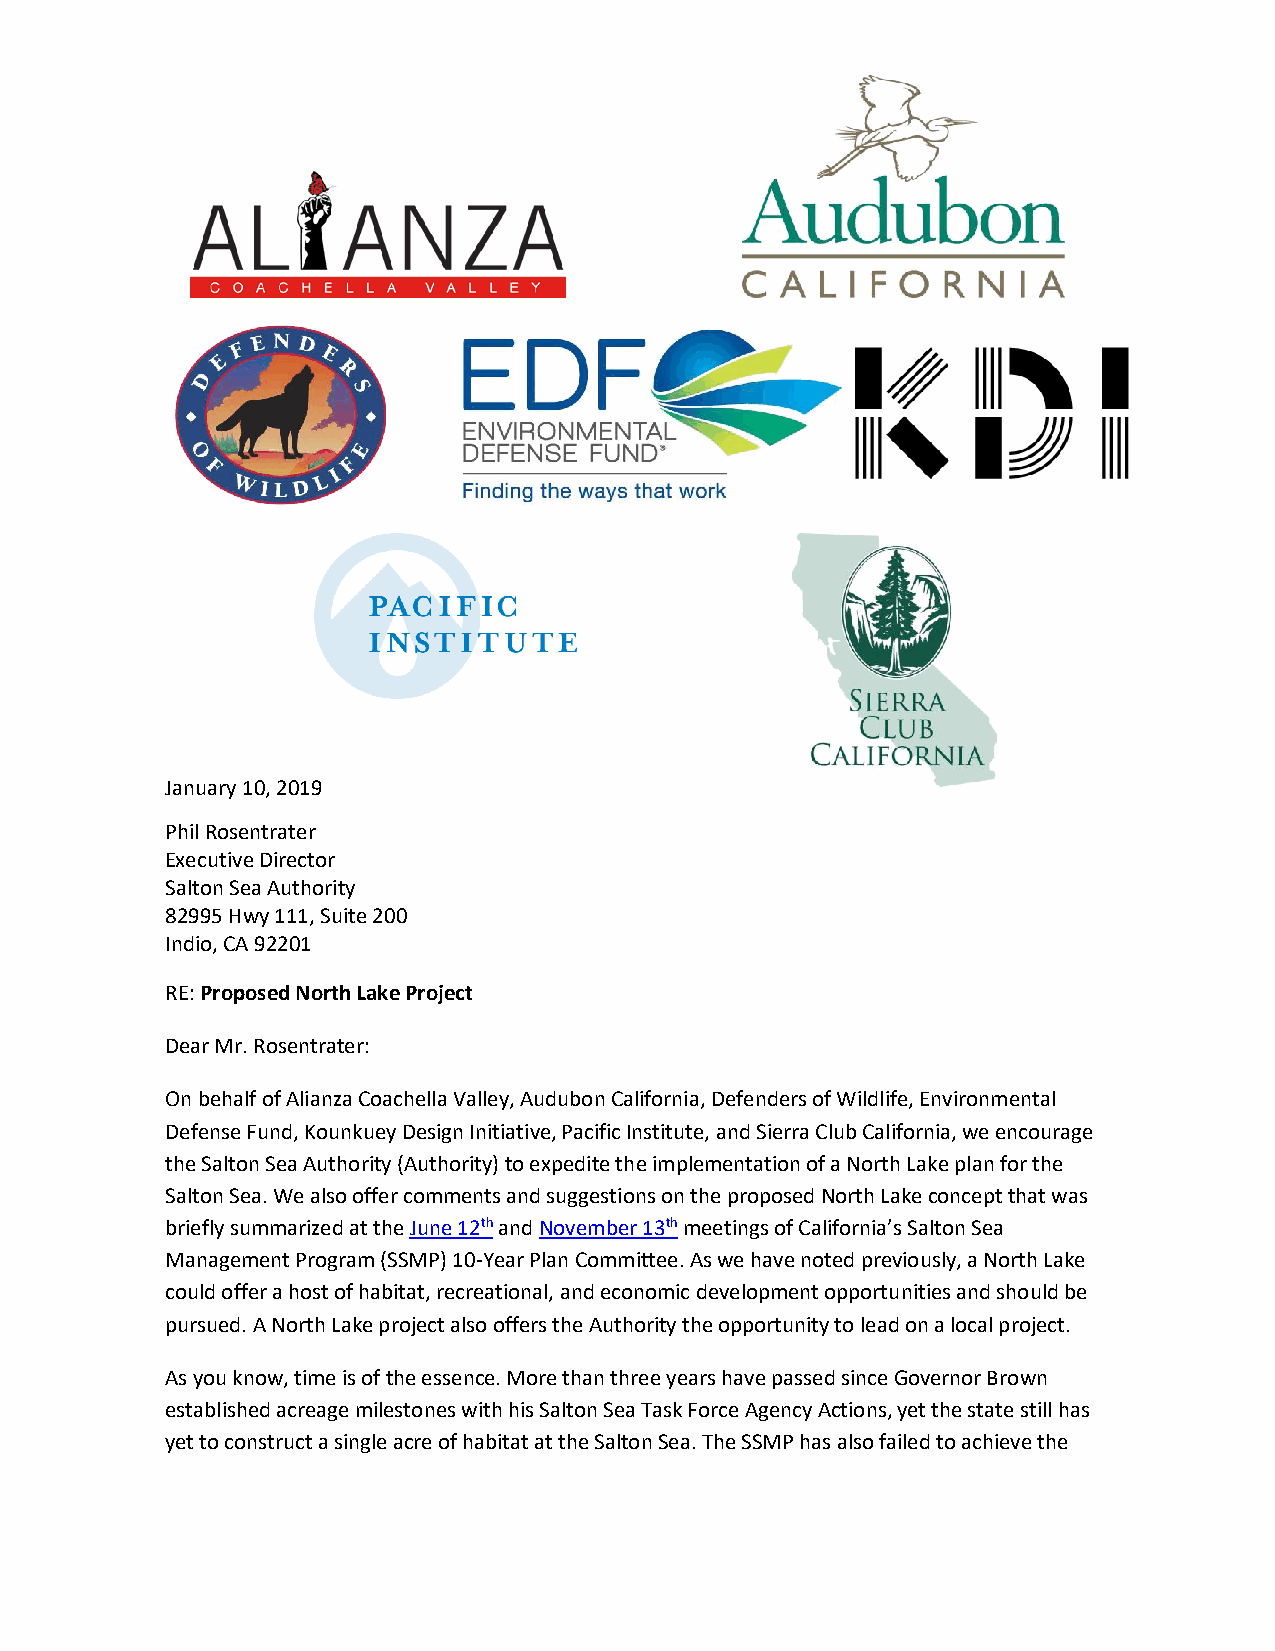
January 10, 2019
 Phil Rosentrater
 Executive Director
 Salton Sea Authority
 82995 Hwy 111, Suite 200
 Indio, CA 92201
 RE: Proposed North Lake Project
 Dear Mr. Rosentrater:
 On behalf of Alianza Coachella Valley, Audubon California, Defenders of Wildlife, Environmental
 Defense Fund, Kounkuey Design Initiative, Pacific Institute, and Sierra Club California, we encourage
 the Salton Sea Authority (Authority) to expedite the implementation of a North Lake plan for the
 Salton Sea. We also offer comments and suggestions on the proposed North Lake concept that was
 briefly summarized at the June 12th and November 13th meetings of California’s Salton Sea
 Management Program (SSMP) 10-Year Plan Committee. As we have noted previously, a North Lake
 could offer a host of habitat, recreational, and economic development opportunities and should be
 pursued. A North Lake project also offers the Authority the opportunity to lead on a local project.
 As you know, time is of the essence. More than three years have passed since Governor Brown
 established acreage milestones with his Salton Sea Task Force Agency Actions, yet the state still has
 yet to construct a single acre of habitat at the Salton Sea. The SSMP has also failed to achieve the